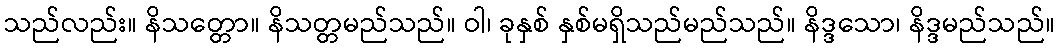
သည်လည်း။ နိသတ္တော။ နိသတ္တမည်သည်။ ဝါ၊ ခုနှစ် နှစ်မရှိသည်မည်သည်။ နိဒ္ဒသော၊ နိဒ္ဒမည်သည်။